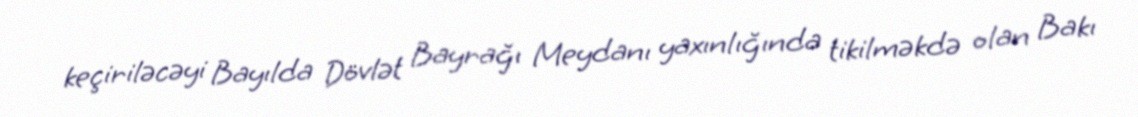
keçiriləcəyi Bayılda Dövlət Bayrağı Meydanı yaxınlığında tikilməkdə olan Bakı